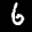
Label: 6